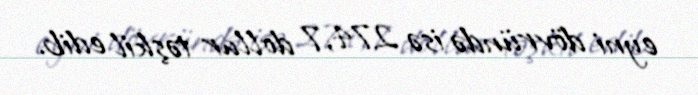
eyni dövründə isə 274,7 dollar təşkil edib.